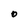
Character: O